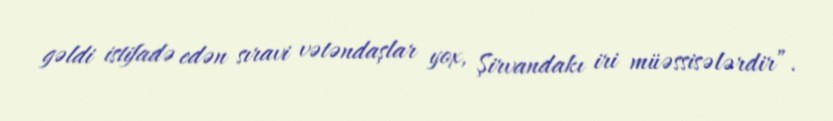
gəldi istifadə edən sıravi vətəndaşlar yox, Şirvandakı iri müəssisələrdir”.